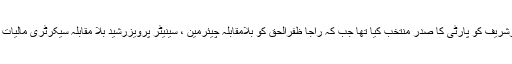
واضح رہے گزشتہ روز مسلم لیگ (ن) نے وزیراعظم نوازشریف کو پارٹی کا صدر منتخب کیا تھا جب کہ راجا ظفرالحق کو بلامقابلہ چیئرمین ، سینیٹر پرویزرشید بلا مقابلہ سیکرٹری مالیات اور مشاہد اللہ خان سیکریٹری اطلاعات منتخب کیا گیا تھا۔